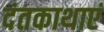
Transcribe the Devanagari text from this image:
दंतकाथाएं